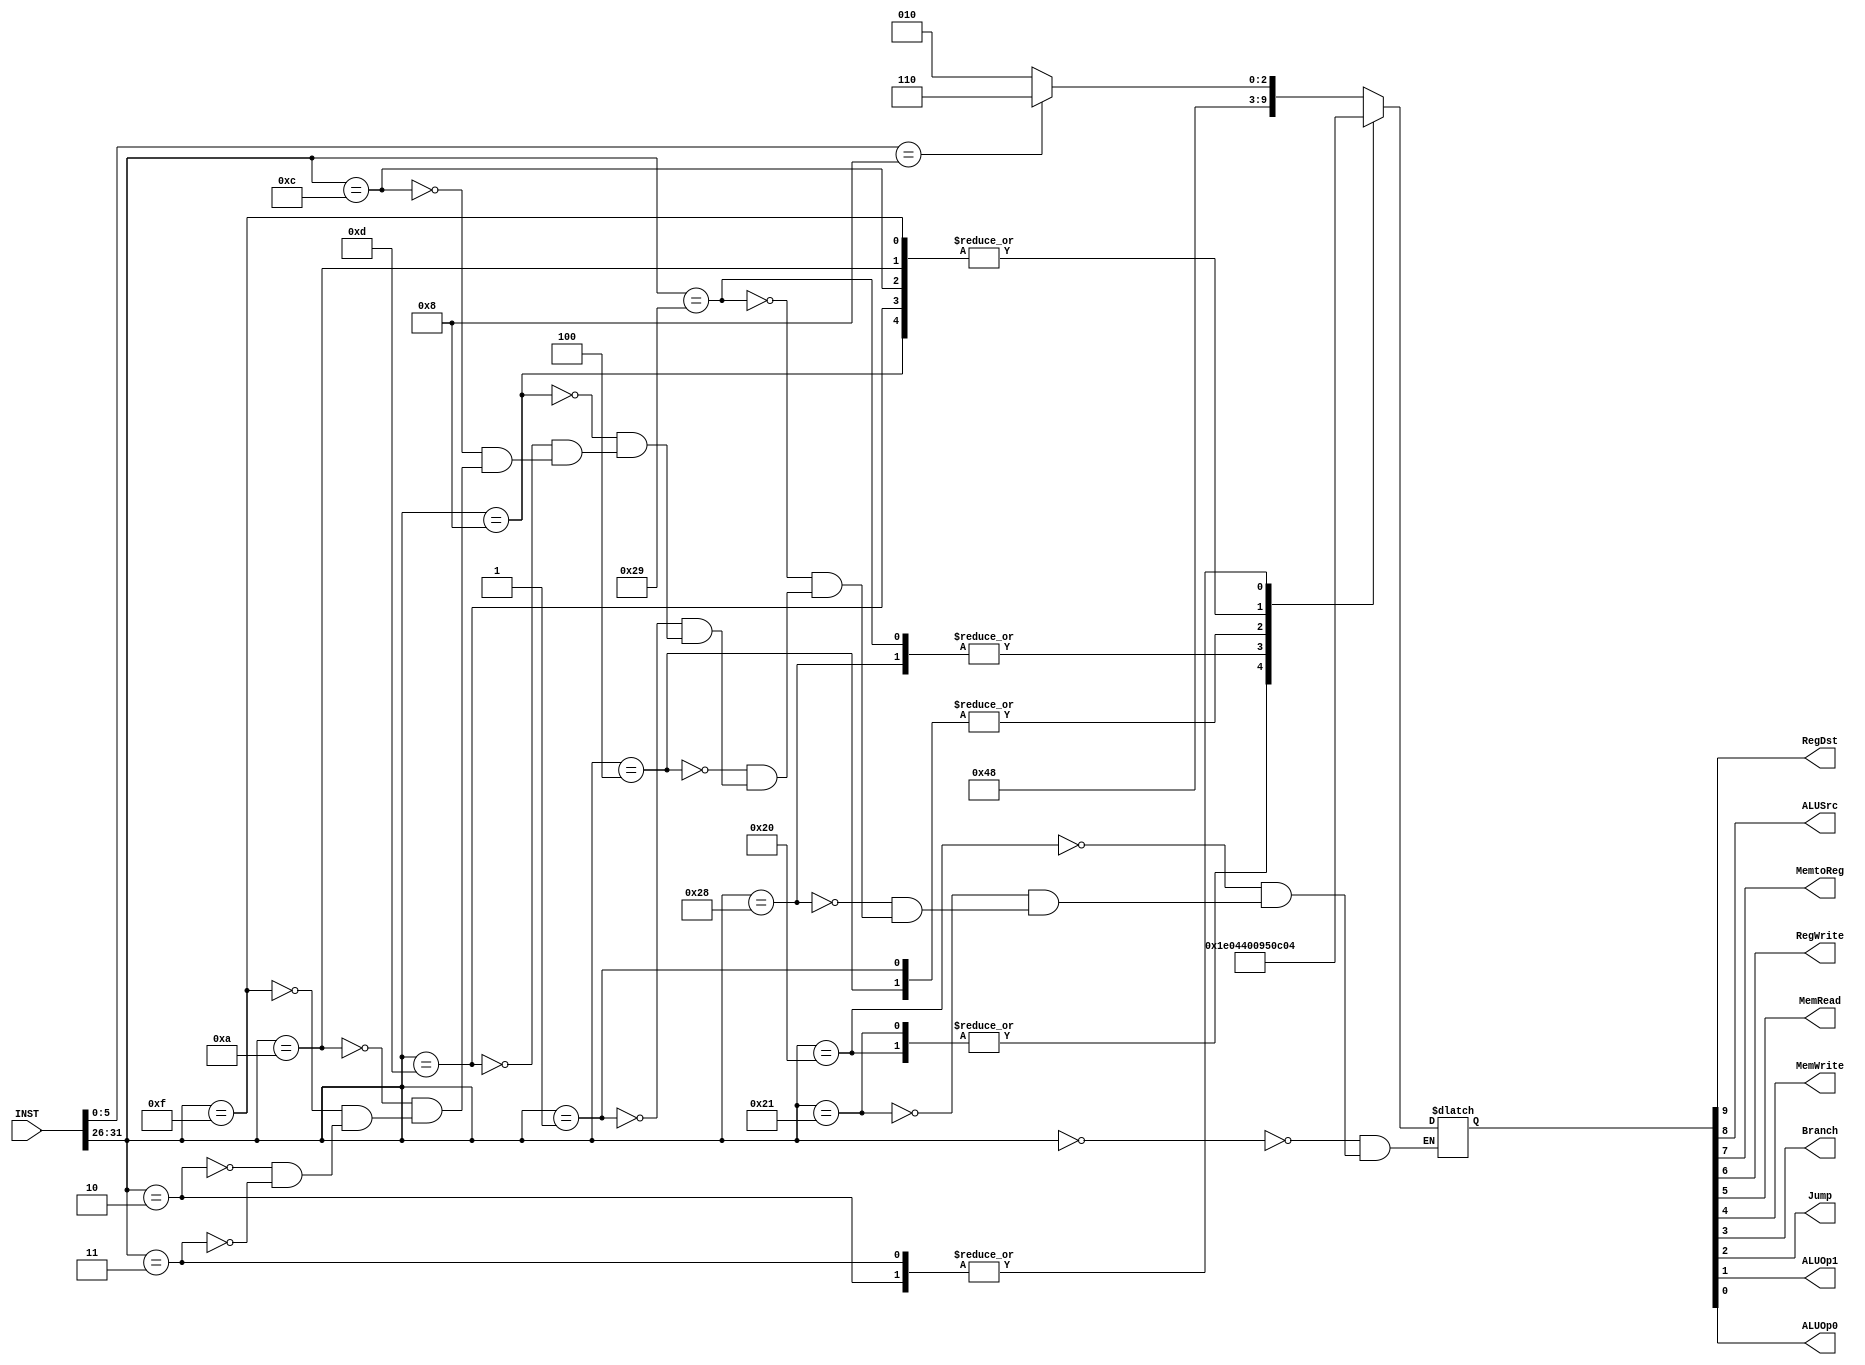
module Control(INST, RegDst, ALUSrc, MemtoReg, RegWrite, MemRead, MemWrite, Branch, Jump, ALUOp1, ALUOp0);
input [31:0] INST;
reg [5:0] op_code,funct;
output RegDst, ALUSrc, MemtoReg, RegWrite, MemRead, MemWrite, Branch, Jump, ALUOp1, ALUOp0;
reg [0:9] ot;
initial
ot=10'b0000000000;
always @(INST)
begin
op_code = INST[31:26];
funct = INST[5:0];
	case (op_code)
		6'b000000: 
			begin
			if(funct=='b001000)  //Only the special case for jr
					ot = 10'b1001000110;	//R-type (jr)
			else
					ot = 10'b1001000010;	//R-type
			end
		6'b100000: ot = 10'b0111100000;	//lb
		6'b100001: ot = 10'b0111100000;	//lh

		6'b101000: ot = 10'b0100010000;	//sb
		6'b101001: ot = 10'b0100010000;	//sh

		6'b000100: ot = 10'b0000001001;	//beq
		6'b000001: ot = 10'b0000001001;	//bgez

		6'b001000: ot = 10'b0101000011;	//I-type addi
		6'b001101: ot = 10'b0101000011;	//I-type ORi
		6'b001100: ot = 10'b0101000011;	//I-type andi
		6'b001010: ot = 10'b0101000011;	//I-type slti
		6'b001111: ot = 10'b0101000011;	//I-type lui

		6'b000010: ot = 10'b0000000100;	//j
		6'b000011: ot = 10'b0000000100;	//jal

	endcase
end
assign RegDst = ot[0];
assign ALUSrc = ot[1];
assign MemtoReg = ot[2];
assign RegWrite = ot[3];
assign MemRead = ot[4];
assign MemWrite = ot[5];
assign Branch = ot[6];
assign Jump = ot[7];
assign ALUOp1 = ot[8];
assign ALUOp0 = ot[9];
endmodule